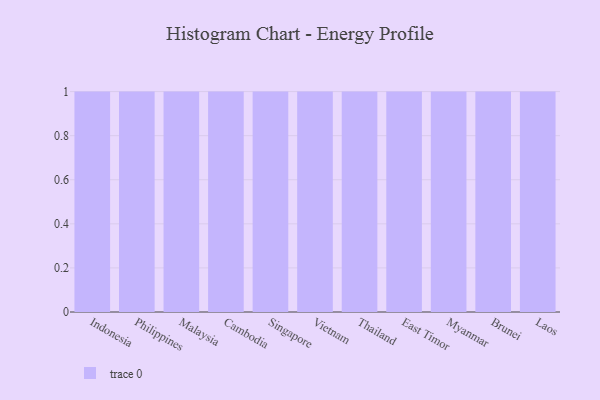
{"axis": {"x": "Country", "y": "Bounce Rate (%)"}, "legend": [""], "data": [{"x": "Indonesia", "y": 81, "type": ""}, {"x": "Philippines", "y": 62, "type": ""}, {"x": "Malaysia", "y": 98, "type": ""}, {"x": "Cambodia", "y": 64, "type": ""}, {"x": "Singapore", "y": 27, "type": ""}, {"x": "Vietnam", "y": 88, "type": ""}, {"x": "Thailand", "y": 75, "type": ""}, {"x": "East Timor", "y": 69, "type": ""}, {"x": "Myanmar", "y": 91, "type": ""}, {"x": "Brunei", "y": 72, "type": ""}, {"x": "Laos", "y": 73, "type": ""}]}